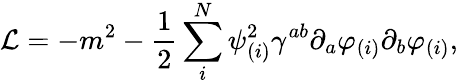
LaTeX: {\cal L}=-m^{2}-{\frac{1}{2}}\sum_{i}^{N}\psi_{(i)}^{2}\gamma^{ab}\partial_{a}\varphi_{(i)}\partial_{b}\varphi_{(i)},